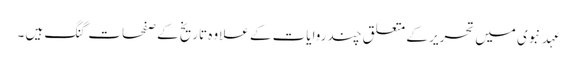
عہدِ نبوی میں تحریر کے متعلق چند روایات کے علاوہ تاریخ کے صفحات گنگ ہیں ۔